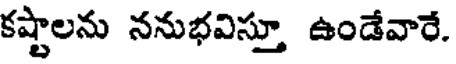
కష్టాలను ననుభవిస్తూ ఉండేవారే.